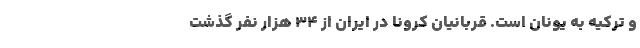
و ترکیه به یونان است. قربانیان کرونا در ایران از ۳۴ هزار نفر گذشت